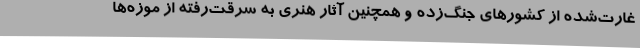
غارت‌شده از کشورهای جنگ‌زده و همچنین آثار هنری به سرقت‌رفته از موزه‌ها